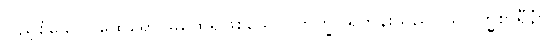
ပြည့်စုံသော။ ထေရော၊ မထေရ်ဖြစ်သော။ ဘိက္ခု၊ ရဟန်းသည်။ သဗြဟ္မစာရီနံ၊